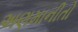
અણમાનીતો